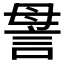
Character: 𧦥